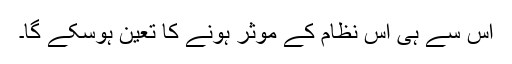
اس سے ہی اس نظام کے موثر ہونے کا تعین ہوسکے گا۔